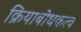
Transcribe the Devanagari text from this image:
क्रियाबोधकत्व